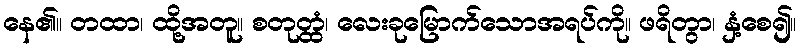
နေ၏။ တထာ၊ ထို့အတူ။ စတုတ္ထံ၊ လေးခုမြောက်သောအရပ်ကို။ ဖရိတွာ၊ နှံ့စေ၍။